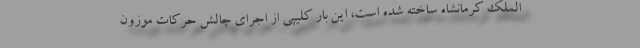
الملک کرمانشاه ساخته شده است، این بار کلیپی از اجرای چالش حرکات موزون